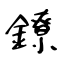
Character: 鐐